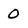
Character: 0